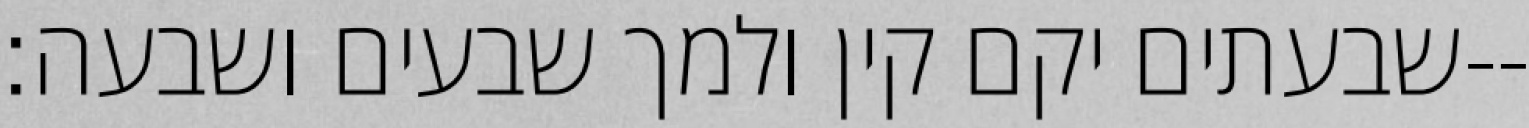
שבעתים יקם קין ולמך שבעים ושבעה׃--